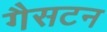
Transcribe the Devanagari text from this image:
गैसटन